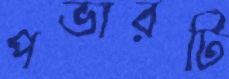
পভারটি